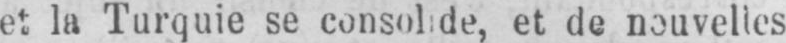
et la Turquie se consolide, et de nouvelles